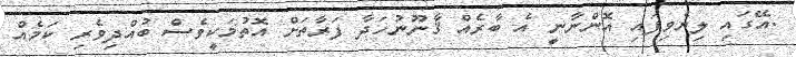
.އޭގައި ލިޔެވިފައި އޮންނާނީ އެ ބާރެއް ޤާނޫނުހަދާ ފަރާތަށް އޮތުމަކީވެސް ބުއްދިވެރި ކަމެއް